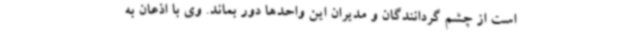
است از چشم گردانندگان و مدیران این واحدها دور بماند. وی با اذعان به